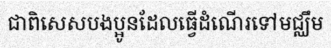
ជាពិសេសបងប្អូនដែលធ្វើដំណើរទៅមជ្ឈឹម